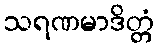
သရဏမာဒိတ္တံ